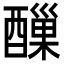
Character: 𨢪